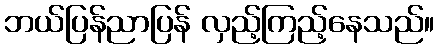
ဘယ်ပြန်ညာပြန် လှည့်ကြည့်နေသည်။